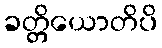
ခတ္တိယောတိပိ